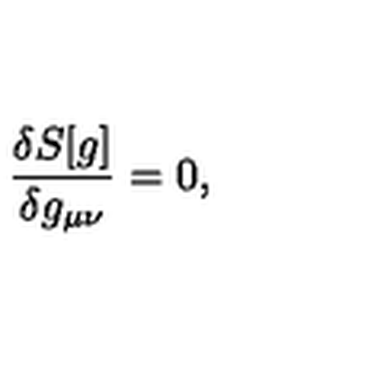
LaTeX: \frac { \delta S [ g ] } { \delta g _ { \mu \nu } } = 0 ,